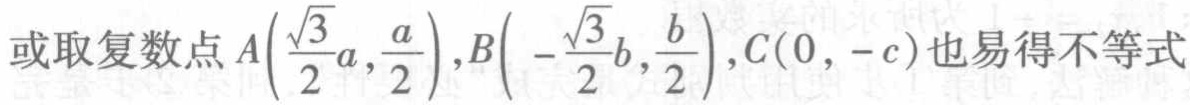
或取复数点\(A\left(\frac{\sqrt{3}}{2}a,\frac{a}{2}\right),B\left(-\frac{\sqrt{3}}{2}b,\frac{b}{2}\right),C(0,-c)\)也易得不等式